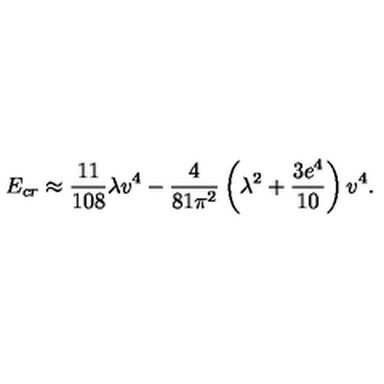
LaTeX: E _ { c r } \approx { \frac { 1 1 } { 1 0 8 } } \lambda v ^ { 4 } - { \frac { 4 } { 8 1 \pi ^ { 2 } } } \left( \lambda ^ { 2 } + { \frac { 3 e ^ { 4 } } { 1 0 } } \right) v ^ { 4 } .